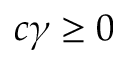
c \gamma \geq 0